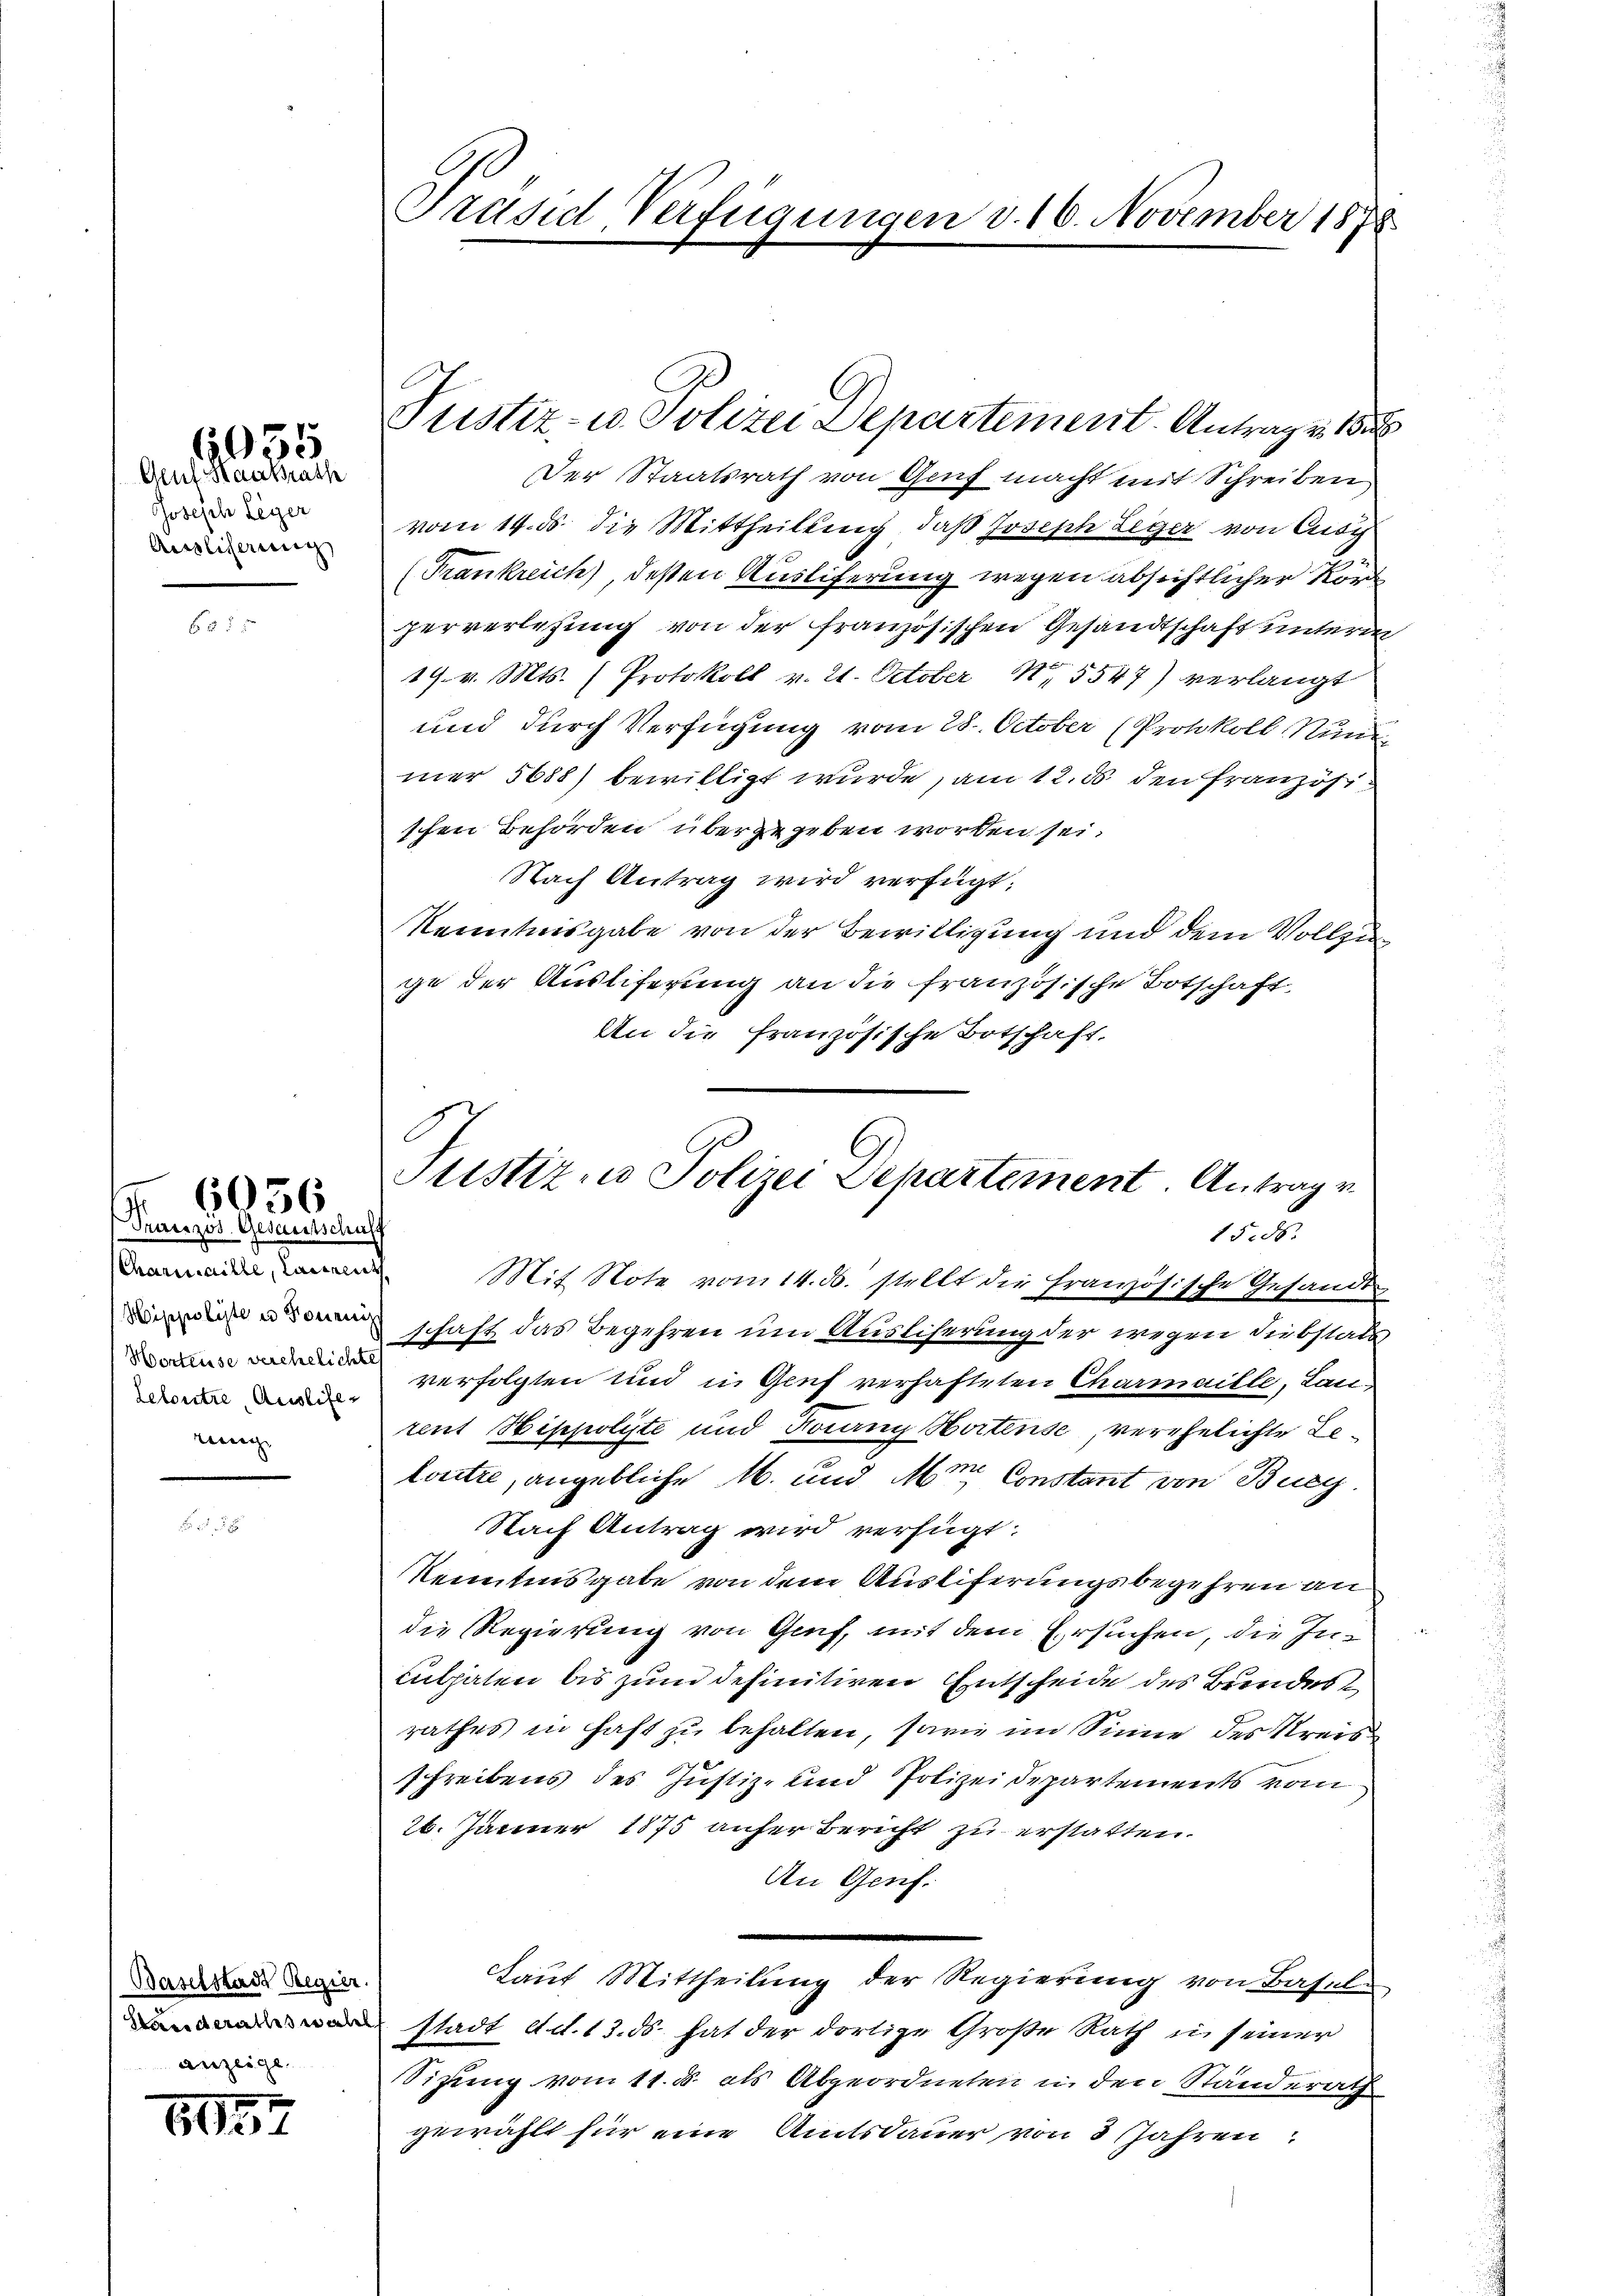
Auf Hausrath
Joseph Leger
Auslicherung

6055

b.

6036

Französ. Gesantschaff
Charinaille, Laurenz
Horteuse verehelichte
Leloutre, Auslieferenge

Baselstadt Regier
anzeige

1157

Der Staatsrath von Genf macht mit Schreiben
vom 14. ds. die Mittheilung, daß Joseph Leger von Ausg
(Frankreich, dessen Ausliferung wegen absichtlicher Korr
perverlesung von der französischen Gesandtschaft unterm
19. v. Mts. (Protokoll v. 21. October 1,5547) verlangt
und durch Verfügung vom 28. October (Protokoll Nun
mer 5688) bewilligt wurde, am 12. ds den Französi
schen Behörden übergegeben worden sei.
Nach Antrag wird verfügt:
Kenntnisgabe von der Bewilligung und dem Vollzuge der Auslieferung an die französische Botschaft
An die französische Botschaft,
Mit Note vom 14. ds. stellt die Französische Gesandt
schaft das Begehren um Auslicherung der wegen Diebstatt
verfolgten und in Genf verhafteten Charmaille, Lanrent Hippolyte und Focany Seitense, verehelichte Leloutre, angebliche 16. und Mein Constant von Burg
Nach Antrag wird verfügt:
Kenntnisgabe von dem Auslieferungsbegehren an
die Regierung von Genf, mit dem Ersuchen, die In¬
Culpaten bis zum definitiven Entscheide des Bundesrathes in haft zu behalten, sowie im Sinne des Kreis
schreibens des Justiz- und Polizeidepartements vom
26. Jänner 1875 aufer Bericht zu erstatten.
An Genf.
Laŭt Mittheilŭng der Regierŭng von Basel
stadt Ad. 13. ds hat der dortige Große Rath in seiner
Sizung vom 11. d. als Abgeordneten in den Ständerath
gewählt für eine Amtsdauer von 3 Jahren

Präsid Verfügungen d. 16. November 1878

Justiz- u. Polizei Departement. Antrage 1

Justiz- u Polizei Departement. Antrag v
15.